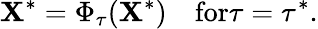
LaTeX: \mathbf{X}^{*}=\Phi_{\tau}(\mathbf{X}^{*})\quad\textrm{for}\tau=\tau^{*}.